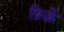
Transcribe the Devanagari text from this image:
फ़िर्क़े